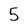
Character: 5